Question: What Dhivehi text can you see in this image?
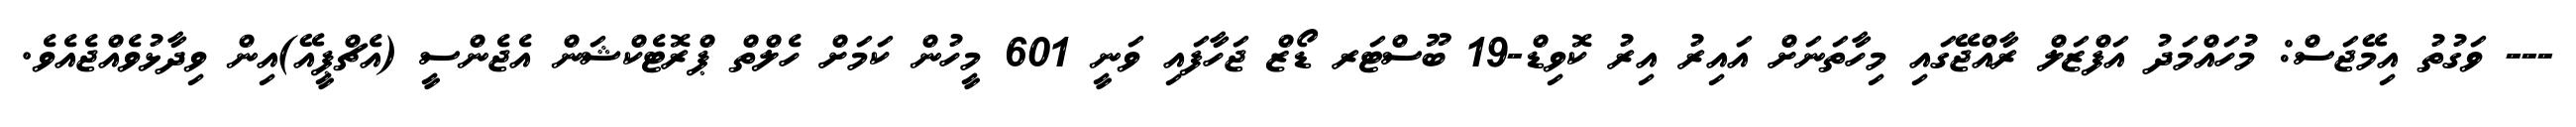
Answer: --- ވަގުތު އިމޭޖަސް: މުހައްމަދު އަފްޒަލް ރާއްޖޭގައި މިހާތަނަށް އައިރު އިރު ކޮވިޑް-19 ބޫސްޓަރ ޑޯޒް ޖަހާފައި ވަނީ 601 މީހުން ކަމަށް ހެލްތް ޕްރޮޓެކްޝަން އެޖެންސީ (އެޗްޕީއޭ)އިން ވިދާޅުވެއްޖެއެވެ.